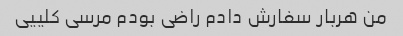
من هربار سفارش دادم راضی بودم مرسی کلییی